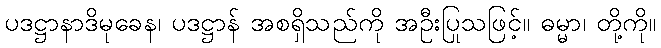
ပဒဋ္ဌာနာဒိမုခေန၊ ပဒဋ္ဌာန် အစရှိသည်ကို အဦးပြုသဖြင့်။ ဓမ္မာ၊ တို့ကို။